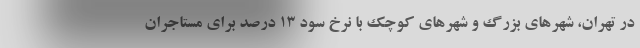
در تهران، شهرهای بزرگ و شهرهای کوچک با نرخ سود ۱۳ درصد برای مستاجران